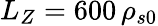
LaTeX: L_{Z}=600\, \rho_{s0}